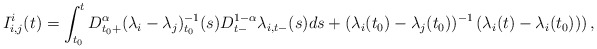
\begin{align*}I^{i}_{i,j}(t) =\int_{t_{0}}^{t}D_{t_{0}+}^{\alpha}(\lambda_{i}-\lambda_{j})_{t_{0}}^{-1}(s)D_{t-}^{1-\alpha}\lambda_{i,t-}(s)ds +(\lambda_{i}(t_{0})-\lambda_{j}(t_{0}))^{-1}\left( \lambda_{i}(t)-\lambda_{i}(t_{0}))\right) ,\end{align*}